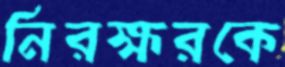
নিরক্ষরকে